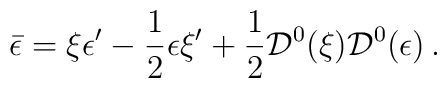
\bar\epsilon =  \xi \epsilon^\prime-\frac{1}{2} \epsilon \xi^\prime+\frac{1}{2} {\cal D}^0 (\xi ) {\cal D}^0 (\epsilon)\,.